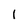
Character: l